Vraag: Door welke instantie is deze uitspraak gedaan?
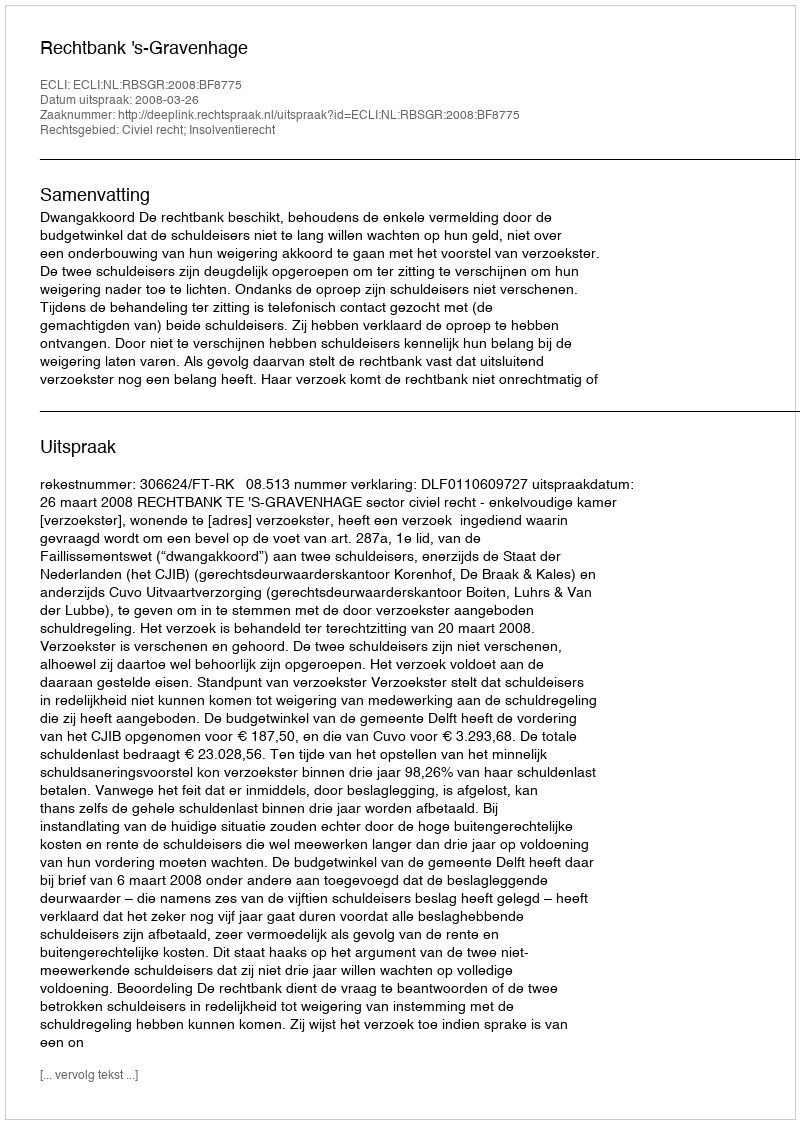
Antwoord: Rechtbank 's-Gravenhage